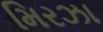
મિરઝા